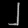
Digit: ၂